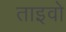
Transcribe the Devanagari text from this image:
ताइवो